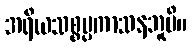
အရိယသစ္စပ္ပကာသနဘူမိ။